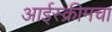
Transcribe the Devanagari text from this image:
आईस्क्रीमचा